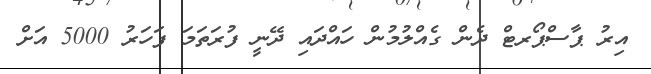
އިރު ޕާސްޕޯރޓް ދެން ގެއްލުމުން ހައްދައި ދޭނީ ފުރަތަމަ ފަހަރު 5000 އަށް